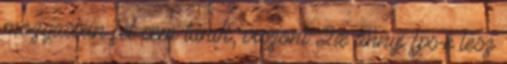
mozgasban fel sem tunik, viszont 2x annyi fps-e lesz